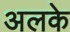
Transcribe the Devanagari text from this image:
अलके